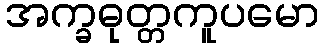
အက္ခဓုတ္တကူပမော